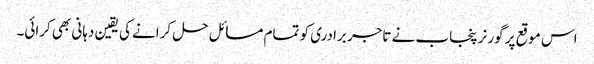
اس موقع پر گورنر پنجاب نے تاجر برادری کو تمام مسائل حل کرانے کی یقین دہانی بھی کرائی۔